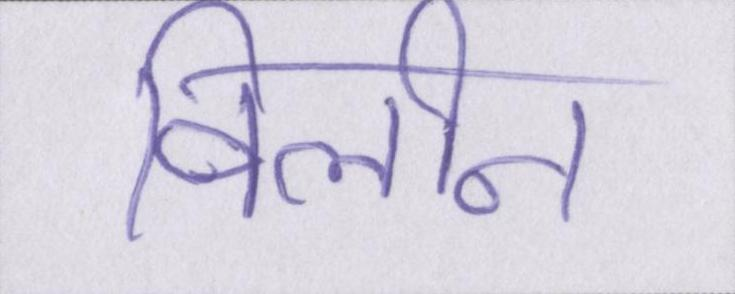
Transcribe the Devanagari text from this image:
विलीन